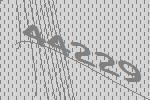
44229